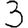
Digit: 3